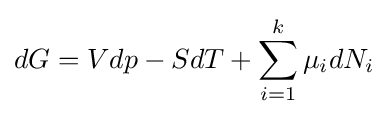
dG=Vdp-SdT+\sum _{i=1}^{k}\mu _{i}dN_{i}